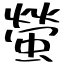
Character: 螢